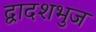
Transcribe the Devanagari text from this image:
द्वादशभुज